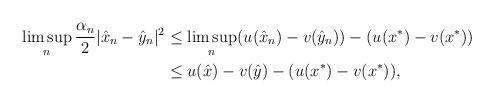
LaTeX: \begin{align*}\begin{aligned}\limsup_n\frac{\alpha_n}{2}|\hat{x}_n-\hat{y}_n|^2&\leq \limsup_n (u(\hat{x}_n)-v(\hat{y}_n))-(u(x^\ast)-v(x^\ast))\\&\leq u(\hat{x})-v(\hat{y})-(u(x^\ast)-v(x^\ast)),\end{aligned}\end{align*}